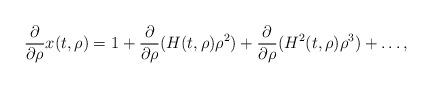
LaTeX: \begin{align*}\frac{\partial}{\partial \rho}x(t,\rho)=1+\frac{\partial}{\partial \rho}(H(t,\rho)\rho^2) + \frac{\partial}{\partial \rho}(H^2(t,\rho)\rho^3) + \dots, \end{align*}